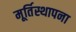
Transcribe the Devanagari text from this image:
मूर्तिस्थापना